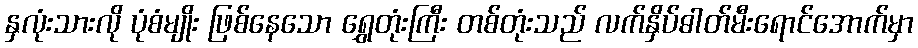
နှလုံးသားလို ပုံစံမျိုး ဖြစ်နေသော ရွှေတုံးကြီး တစ်တုံးသည် လက်နှိပ်ဓါတ်မီးရောင်အောက်မှာ